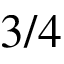
3 / 4